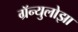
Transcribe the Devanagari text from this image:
ग्रॅन्युलोझा